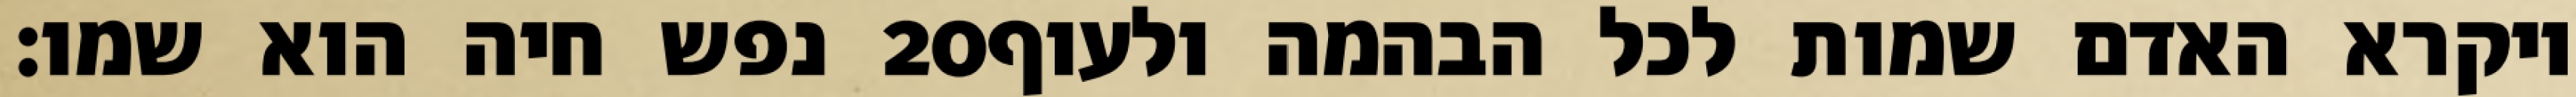
נפש חיה הוא שמו׃ ‎20‏ ויקרא האדם שמות לכל הבהמה ולעוף